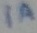
Text: 1A